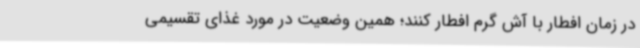
در زمان افطار با آش گرم افطار کنند؛ همین وضعیت در مورد غذای تقسیمی